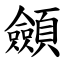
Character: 顩